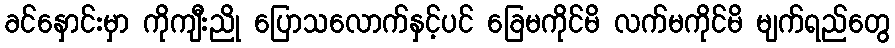
ခင်နှောင်းမှာ ကိုကျီးညို ပြောသလောက်နှင့်ပင် ခြေမကိုင်မိ လက်မကိုင်မိ မျက်ရည်တွေ